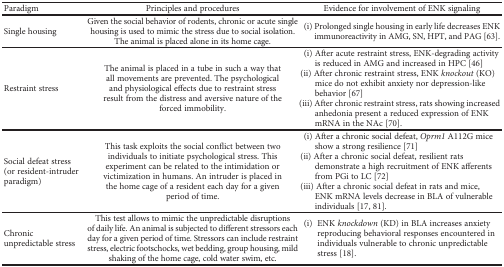
<table><thead><tr><td><b>Paradigm</b></td><td><b>Principles and procedures</b></td><td><b>Evidence for involvement of ENK signaling</b></td></tr></thead><tbody><tr><td>Single housing</td><td>Given the social behavior of rodents, chronic or acute single housing is used to mimic the stress due to social isolation. The animal is placed alone in its home cage.</td><td>(i) Prolonged single housing in early life decreases ENK immunoreactivity in AMG, SN, HPT, and PAG [63].</td></tr><tr><td>Restraint stress</td><td>The animal is placed in a tube in such a way that all movements are prevented. The psychological and physiological effects due to restraint stress result from the distress and aversive nature of the forced immobility.</td><td>(i) After acute restraint stress, ENK-degrading activity is reduced in AMG and increased in HPC [46](ii) After chronic restraint stress, ENK <i>knockout</i> (KO) mice do not exhibit anxiety nor depression-like behavior [67](iii) After chronic restraint stress, rats showing increased anhedonia present a reduced expression of ENK mRNA in the NAc [70].</td></tr><tr><td>Social defeat stress (or resident-intruder paradigm)</td><td>This task exploits the social conflict between two individuals to initiate psychological stress. This experiment can be related to the intimidation or victimization in humans. An intruder is placed in the home cage of a resident each day for a given period of time.</td><td>(i) After a chronic social defeat, <i>Oprm1</i> A112G mice show a strong resilience [71](ii) After a chronic social defeat, resilient rats demonstrate a high recruitment of ENK afferents from PGi to LC [72](iii) After a chronic social defeat in rats and mice, ENK mRNA levels decrease in BLA of vulnerable individuals [17, 81].</td></tr><tr><td>Chronic unpredictable stress</td><td>This test allows to mimic the unpredictable disruptions of daily life. An animal is subjected to different stressors each day for a given period of time. Stressors can include restraint stress, electric footschocks, wet bedding, group housing, mild shaking of the home cage, cold water swim, etc.</td><td>(i) ENK <i>knockdown</i> (KD) in BLA increases anxiety reproducing behavioral responses encountered in individuals vulnerable to chronic unpredictable stress [18].</td></tr></tbody></table>